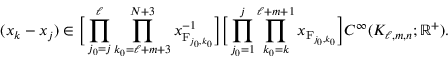
( x _ { k } - x _ { j } ) \in \Big [ \prod _ { j _ { 0 } = j } ^ { \ell } \prod _ { k _ { 0 } = \ell + m + 3 } ^ { N + 3 } x _ { \mathrm { F } _ { j _ { 0 } , k _ { 0 } } } ^ { - 1 } \Big ] \Big [ \prod _ { j _ { 0 } = 1 } ^ { j } \prod _ { k _ { 0 } = k } ^ { \ell + m + 1 } x _ { \mathrm { F } _ { j _ { 0 } , k _ { 0 } } } \Big ] C ^ { \infty } ( K _ { \ell , m , n } ; \mathbb { R } ^ { + } ) .